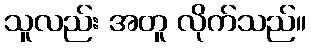
သူလည်း အတူ လိုက်သည်။